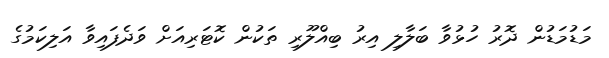
މަޑުމަޑުން ދޮރު ހުޅުވާ ބަލާލި އިރު ބިއްލޫރި ތަކުން ކޮޓަރިއަށް ވަދެފައިވާ އަލިކަމުގެ